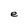
Character: e